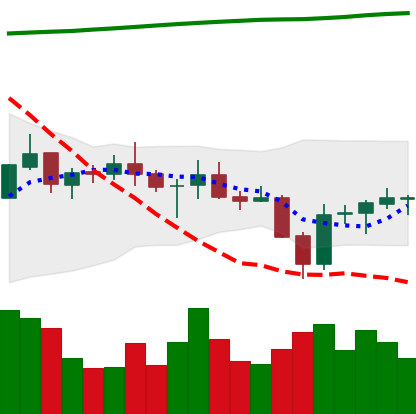
Ticker: BNB-USD
Chart end date: 2021-07-25
Forward return: 6.769%
Label: up_5_7